system: You are a helpful assistant.
user:
Analyze the provided spectrum to determine if it is a **Carbon Star (C-type)**.

- **Key Visual Indicators of Carbon Star:**
    - **(Primary):** Strong molecular absorption from **C₂ (diatomic carbon) "Swan Bands."** This is the **defining feature** of a carbon star.
        - **(Key Bandheads):** Sharp absorption edges are visible at approximately $5635$ Å, $5165$ Å (the strongest band), and $4737$ Å.
        - **(Line Profile):** Creates a distinct **"saw-tooth"** pattern. The key morphology is a sharp, steep bandhead on the **red (long-wavelength) side**, which then gradually tapers off (i.e., flux recovers) towards the **blue (short-wavelength) side**. *(This is the direct opposite of the TiO bands seen in M-type stars)*.

    - **(Secondary):** Intense **CN (cyanogen)** molecular absorption bands.
        - **(Key Bandheads):** Located in the blue and violet regions of the spectrum (e.g., near $4215$ Å and $3883$ Å).
        - **(Morphology):** These bands are extremely broad and act as a "blanket," absorbing the vast majority of blue and violet light. This creates a characteristic **"cliff"** or **"steep drop-off"** in the spectrum's flux at short wavelengths.

    - **(Key Confirmation):** Strong **CH absorption band (G-band)**.
        - **(Key Bandhead):** Located around $4300$ Å. The contribution from CH molecules to this band is exceptionally strong.

    - **(Overall Spectrum):**
        - The continuum is severely "chopped up" by these deep molecular bands, especially C₂, rather than appearing as a smooth curve.
        - Due to the heavy CN and C₂ absorption in the blue-green, the vast majority of the star's flux is concentrated in the red part of the spectrum, giving the star its characteristic deep red color.

Think first, call **spectral_visualization_tool** if needed to examine features in detail, then provide your final answer. Your response must adhere to the following strict rules:
1.  **Overall Structure:** Your response must follow the format `<think>...</think> <tool_call>...</tool_call> (if a tool is used) <answer>...</answer>`.
2.  **Tool Usage Constraint:** You may only make **one** tool call per turn.
3.  **Final Answer Format:** In the `<answer>` tag, your conclusion must be inside a `\boxed{}` command (e.g., `\boxed{YES}`), followed by your justification.

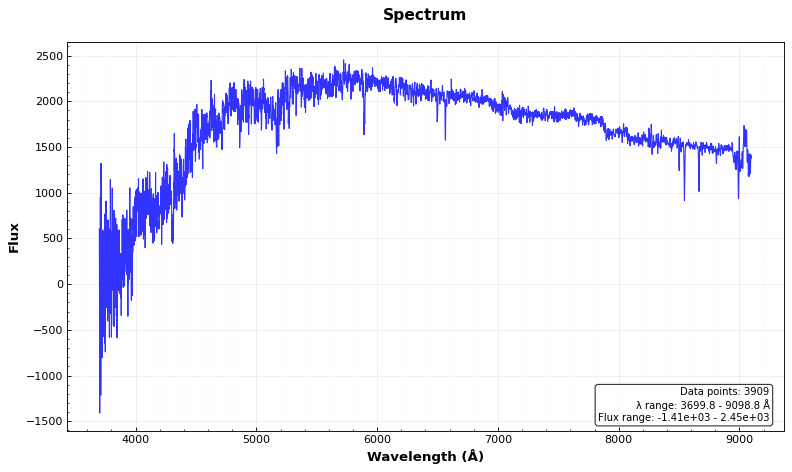
Answer: NO